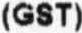
(GST)